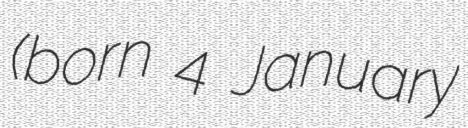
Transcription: (born 4 January